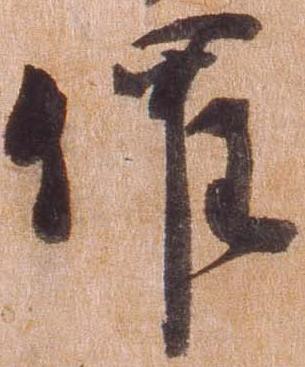
催